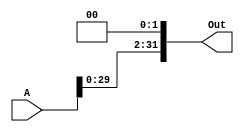
`timescale 1ns/1ns

module SLL (input [31:0] A, output [31:0] Out);

assign Out = A << 2;

endmodule